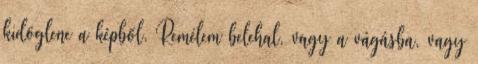
kidöglene a képből. Remélem belehal, vagy a vágásba, vagy